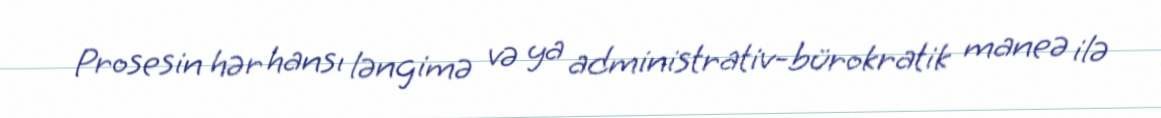
Prosesin hər hansı ləngimə və ya administrativ-bürokratik maneə ilə